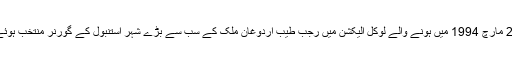
27 مارچ 1994 میں ہونے والے لوکل الیکشن میں رجب طیب اردوغان ملک کے سب سے بڑے شہر استنبول کے گورنر منتخب ہوئے۔